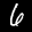
Label: 6